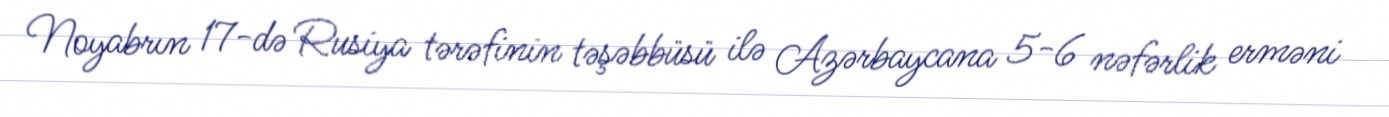
Noyabrın 17-də Rusiya tərəfinin təşəbbüsü ilə Azərbaycana 5-6 nəfərlik erməni